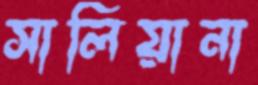
সালিয়ানা